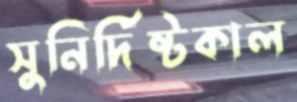
সুনির্দিষ্টকাল